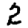
Digit: 2